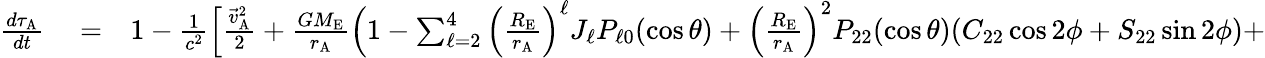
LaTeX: \begin{array}{rlr}{\frac{d\tau_{\mathrm{A}}}{dt}}&{{}=}&{1-\frac{1}{c^{2}}\Big[\frac{{\vec{v}}_{\mathrm{A}}^{2}}{2}+\frac{GM_{\mathrm{E}}}{r_{\mathrm{A}}}\Big(1-\sum_{\ell=2}^{4}\Big(\frac{R_{\mathrm{E}}}{r_{\mathrm{A}}}\Big)^{\ell}J_{\ell}P_{\ell 0}(\cos\theta)+\Big(\frac{R_{\mathrm{E}}}{r_{\mathrm{A}}}\Big)^{2}P_{22}(\cos\theta)(C_{22}\cos 2\phi+S_{22}\sin 2\phi)+}\end{array}